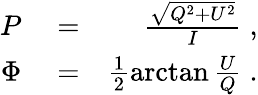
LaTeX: \begin{array}{rlr}{P}&{{}=}&{\frac{\sqrt{Q^{2}+U^{2}}}{I}\; ,}\\ {\Phi}&{{}=}&{\frac{1}{2}\arctan{\frac{U}{Q}}\; .}\end{array}